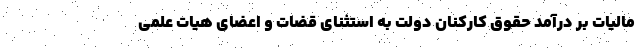
مالیات بر درآمد حقوق کارکنان دولت به استثنای قضات و اعضای هیات علمی